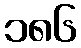
၁၈၆